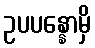
ဥပပန္နောမှိ